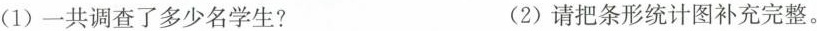
(1)一共调查了多少名学生? (2)请把条形统计图补充完整。